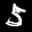
Label: 5